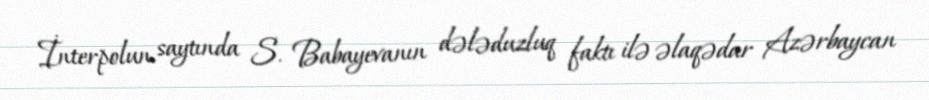
İnterpolun saytında S. Babayevanın dələduzluq faktı ilə əlaqədar Azərbaycan